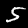
Label: 5